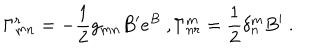
\Gamma _ { m n } ^ { r } = - \frac { 1 } { 2 } g _ { m n } B ^ { \prime } e ^ { B } ~ , \Gamma _ { n r } ^ { m } = \frac { 1 } { 2 } \delta _ { n } ^ { m } B ^ { \prime } ~ .